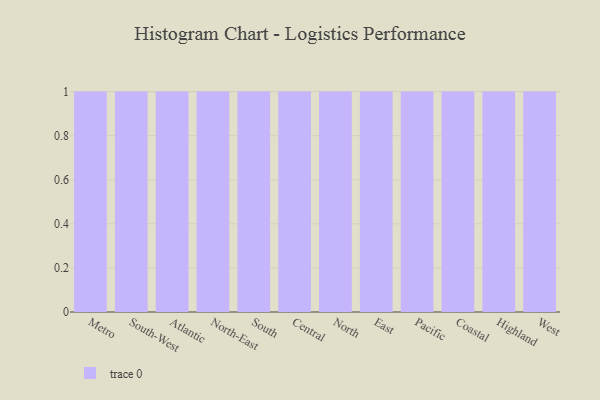
{"axis": {"x": "Region", "y": "Conversion Rate (%)"}, "legend": [""], "data": [{"x": "Metro", "y": 91, "type": ""}, {"x": "South-West", "y": 82, "type": ""}, {"x": "Atlantic", "y": 19, "type": ""}, {"x": "North-East", "y": 67, "type": ""}, {"x": "South", "y": 62, "type": ""}, {"x": "Central", "y": 97, "type": ""}, {"x": "North", "y": 57, "type": ""}, {"x": "East", "y": 28, "type": ""}, {"x": "Pacific", "y": 1, "type": ""}, {"x": "Coastal", "y": 27, "type": ""}, {"x": "Highland", "y": 13, "type": ""}, {"x": "West", "y": 39, "type": ""}]}